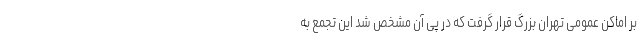
بر اماکن عمومی تهران بزرگ قرار گرفت که در پی آن مشخص شد این تجمع به